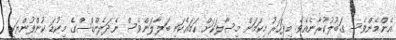
އެންމެންވެސް ގަބޫލުކުރާނެއެވެ. މިފަހަރު މިކަމަށް މިސާލަކަށް ހަމައެކަނި ބަލާލަންވެސް ނެދަލެންޑްސްގެ މިކުޑަ ކުންފުންޔަކީ